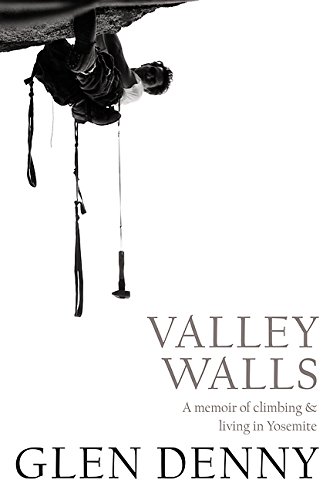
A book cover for Valley Walls: A Memoir of Climbing and Living in Yosemite; Glen Denny; Travel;